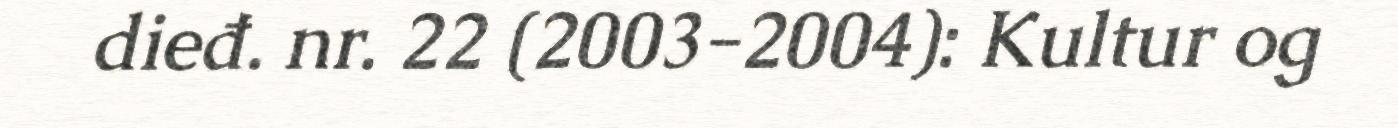
dieđ. nr. 22 (2003-2004): Kultur og